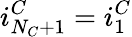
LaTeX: i_{N_{C}+1}^{C}=i_{1}^{C}